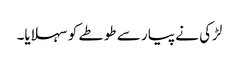
لڑکی نے پیار سے طوطے کو سہلایا۔